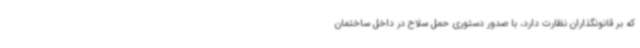
که بر قانونگذاران نظارت دارد، با صدور دستوری حمل سلاح در داخل ساختمان